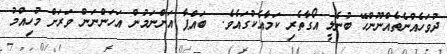
ދުވަހެއްނެތެއްނޫންހޭ ބުނެލީ އޯގާތެރި ކަމާއެކުގައެވެ.  ބައްޕާ އަންނަމުން އަހަންނަން ވަރަށް މުހިއްމު